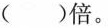
( )倍。